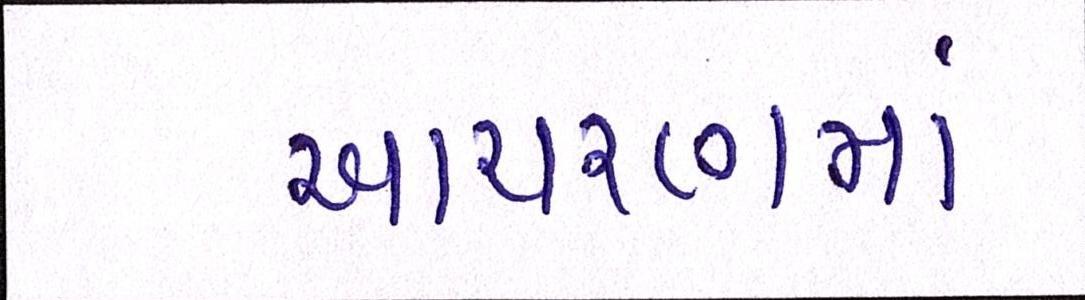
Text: આચરણમાં